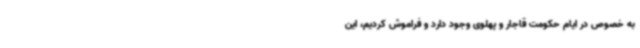
به خصوص در ایام حکومت قاجار و پهلوی وجود دارد و فراموش کردیم، این